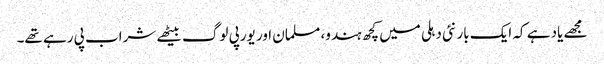
مجھے یاد ہے کہ ایک بار نئی دہلی میں کچھ ہندو، مسلمان اور یورپی لوگ بیٹھے شراب پی رہے تھے۔